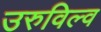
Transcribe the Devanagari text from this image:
उरुविल्व